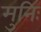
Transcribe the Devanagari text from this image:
मुनिः